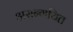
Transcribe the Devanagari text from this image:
असन्गथित